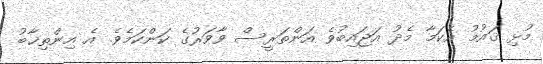
މުޅި ޤައުމު އެކަމާ މެދު އަޖައިބުވެ އަންތަރީސް ވާވަރުގެ ކަންކަމެވެ. އެ އިންތިޚާބު